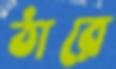
ঠারে